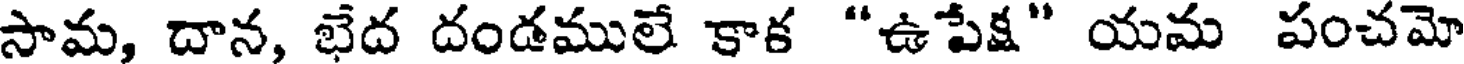
సామ, దాన, భేద దండములే కాక "ఉపేక్ష" యమ పంచమో